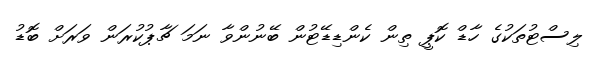
ލިސްޓުތަކުގެ ހާޑް ކޮޕީ ތިން ކެންޑިޑޭޓުން ބޭނުންވާ ނަމަ ޗާޕުކުރަން ވަރަށް ބޮޑު